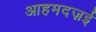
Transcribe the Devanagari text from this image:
आहमदज़ई